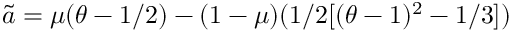
\tilde { a } = \mu ( \theta - 1 / 2 ) - ( 1 - \mu ) ( 1 / 2 [ ( \theta - 1 ) ^ { 2 } - 1 / 3 ] )